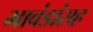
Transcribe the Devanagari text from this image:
भावंडांसह